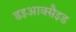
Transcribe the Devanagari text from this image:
डइआक्सैइड